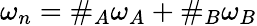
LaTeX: \omega_{n}=\# _{A}\omega_{A}+\# _{B}\omega_{B}